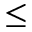
\leq